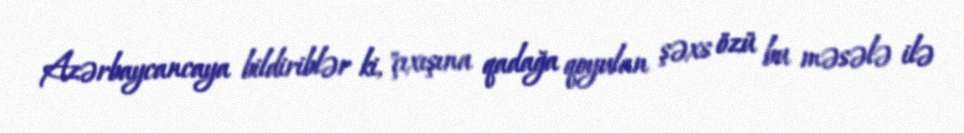
Azərbaycancaya bildiriblər ki, "çıxışına qadağa qoyulan şəxs özü bu məsələ ilə